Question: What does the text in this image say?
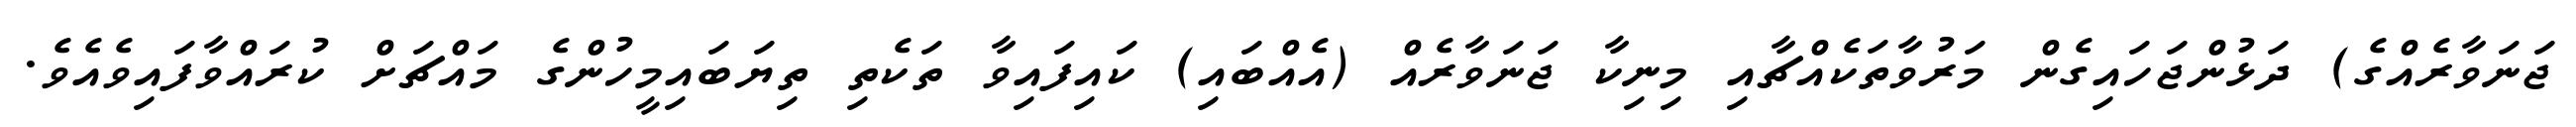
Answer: ޖަނަވާރެއްގެ) ދަޅުންޖަހައިގެން މަރުވާތަކެއްޗާއި މިނިކާ ޖަނަވާރެއް (އެއްބައި) ކައިފައިވާ ތަކެތި ތިޔަބައިމީހުންގެ މައްޗަށް ކުރައްވާފައިވެއެވެ.